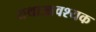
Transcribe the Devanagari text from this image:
यथाआवश्यक